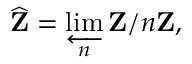
{ \widehat { \mathbf { Z } } } = \varprojlim _ { n } \mathbf { Z } / n \mathbf { Z } ,